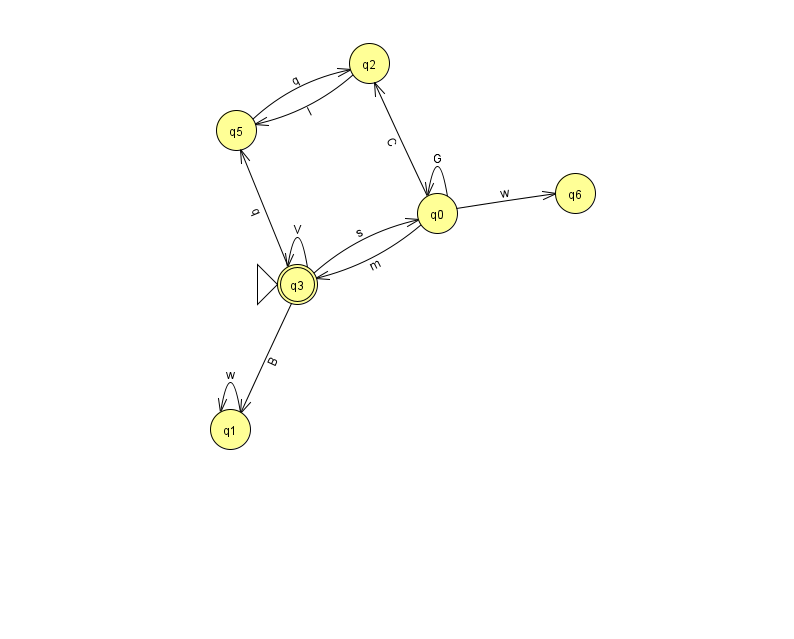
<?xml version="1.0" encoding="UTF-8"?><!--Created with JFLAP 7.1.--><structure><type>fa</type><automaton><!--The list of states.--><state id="0" name="q0"><x>437.0</x><y>200.0</y></state><state id="1" name="q1"><x>230.0</x><y>416.0</y></state><state id="2" name="q2"><x>369.0</x><y>50.0</y></state><state id="3" name="q3"><x>297.0</x><y>271.0</y><initial/><final/></state><state id="5" name="q5"><x>236.0</x><y>117.0</y></state><state id="6" name="q6"><x>575.0</x><y>180.0</y></state><!--The list of transitions.--><transition><from>0</from><to>2</to><read>C</read></transition><transition><from>2</from><to>5</to><read>I</read></transition><transition><from>3</from><to>3</to><read>V</read></transition><transition><from>0</from><to>0</to><read>G</read></transition><transition><from>0</from><to>3</to><read>m</read></transition><transition><from>1</from><to>1</to><read>w</read></transition><transition><from>3</from><to>5</to><read>q</read></transition><transition><from>3</from><to>0</to><read>s</read></transition><transition><from>5</from><to>2</to><read>q</read></transition><transition><from>0</from><to>6</to><read>w</read></transition><transition><from>3</from><to>1</to><read>B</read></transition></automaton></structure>